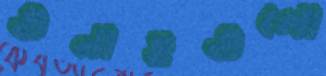
গুনাহগুলো